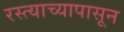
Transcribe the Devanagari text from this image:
रस्त्याच्यापासून